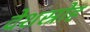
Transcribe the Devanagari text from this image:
देशस्रोह